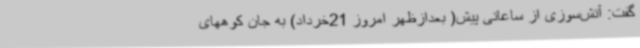
گفت: آتش‌سوزی از ساعاتی پیش( بعدازظهر امروز 21خرداد) به جان کوههای